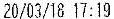
20/03/18 17:19